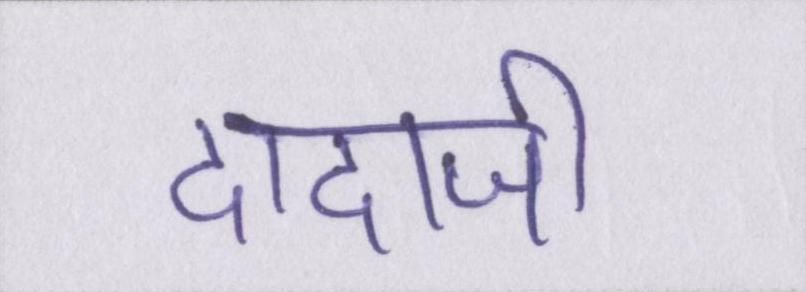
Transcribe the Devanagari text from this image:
दादाजी